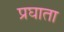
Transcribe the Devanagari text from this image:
प्रघाता